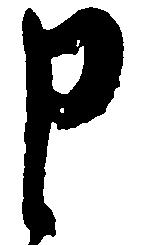
申